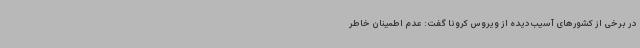
در برخی از کشورهای آسیب‌دیده از ویروس کرونا گفت: عدم اطمینان خاطر